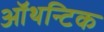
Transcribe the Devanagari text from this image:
ऑथन्टिक